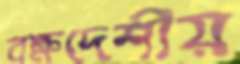
বক্ষদেশীয়